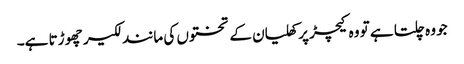
جو وہ چلتا ہے تو وہ کیچڑ پر کھلیان کے تختوں کی مانند لکیر چھو ڑتا ہے۔